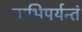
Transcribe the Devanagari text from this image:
नाभिपर्यन्तं